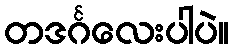
တဒင်္ဂလေးပါပဲ။